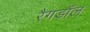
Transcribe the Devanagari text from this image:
रैगडॉल